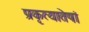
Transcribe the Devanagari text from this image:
प्रकृत्यातेषां